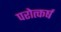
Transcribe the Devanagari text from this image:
परोत्कर्ष